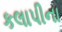
કલાપીના